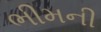
ભીમની